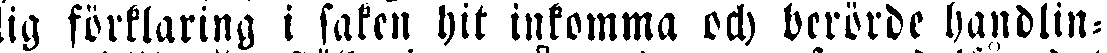
lig förklaring i saken hit inkomma och berörde handlin-